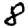
Digit: 8